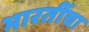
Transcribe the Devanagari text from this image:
भारतींचा